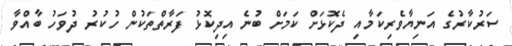
ސަރުކާރުގެ އަނިޔާވެރިކަމާއި ދެކޮޅަށް ކަމަށް ބުނެ އިދިކޮޅު ފަރާތްތަކުން ހުކުރު ދުވަހު ބާއްވާ